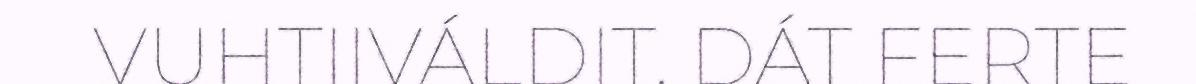
VUHTIIVÁLDIT. DÁT FERTE